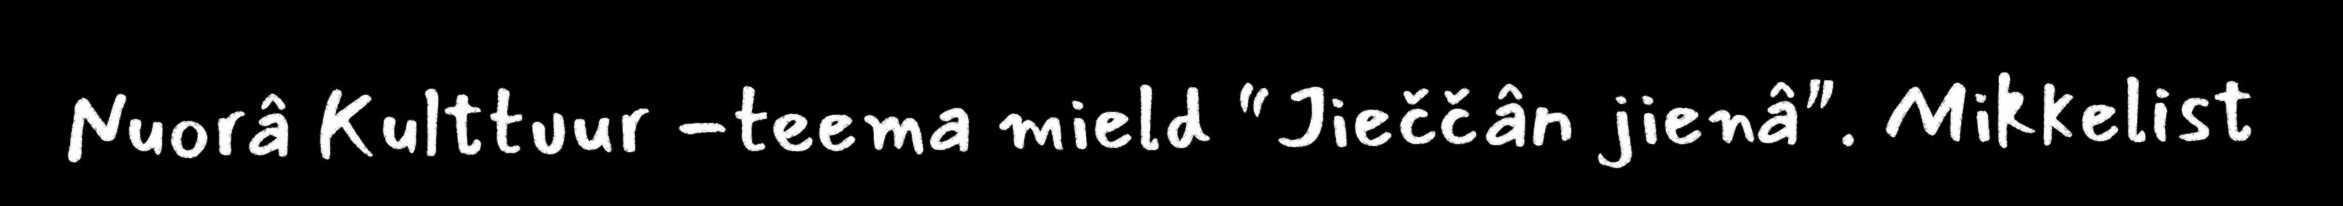
Nuorâ Kulttuur -teema mield “Jieččân jienâ". Mikkelist